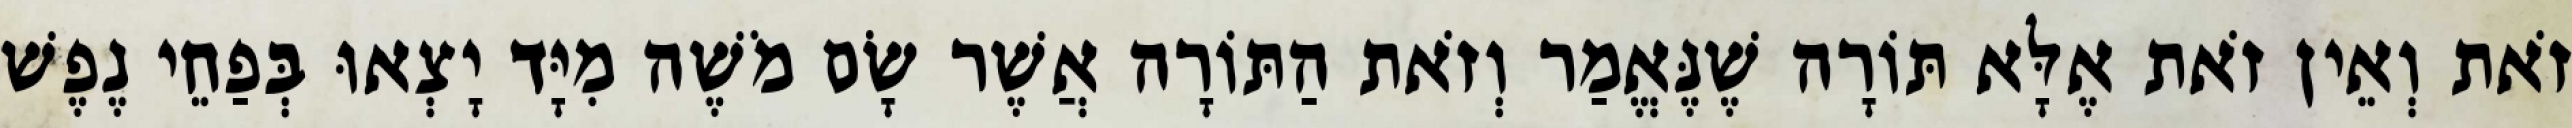
זֹאת וְאֵין זֹאת אֶלָּא תּוֹרָה שֶׁנֶּאֱמַר וְזֹאת הַתּוֹרָה אֲשֶׁר שָׂם מֹשֶׁה מִיָּד יָצְאוּ בְּפַחֵי נֶפֶשׁ